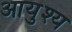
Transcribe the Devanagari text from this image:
आयुश्य